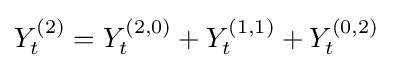
{\textstyle Y_{t}^{(2)}=Y_{t}^{(2,0)}+Y_{t}^{(1,1)}+Y_{t}^{(0,2)}}